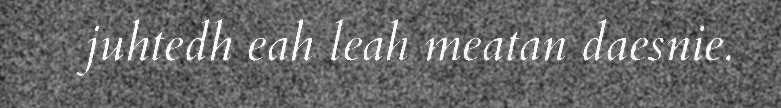
juhtedh eah leah meatan daesnie.